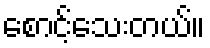
စောင့်သေးတယ်။